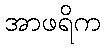
အာဖရိက